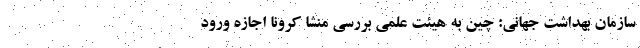
سازمان بهداشت جهانی: چین به هیئت علمی بررسی منشا کرونا اجازه ورود